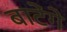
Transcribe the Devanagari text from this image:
बाटेंगे